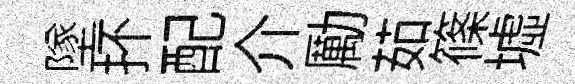
墜抔配介勵茹篠墟